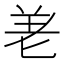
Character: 𭅒